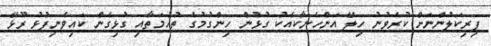
ފިރިކަލުންނަށް ކުރެވުނު ހިލޭ އަންހެނަކާއެކު ގުޅުން ހިންގުމުގެ ތުހުމަތާއި ގުޅިގެން ކައިވެނިފުޅު ރޫޅޭ